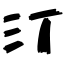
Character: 汀